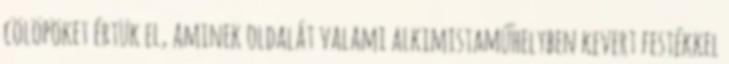
cölöpöket értük el, aminek oldalát valami alkimistaműhelyben kevert festékkel